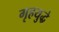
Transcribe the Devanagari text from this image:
गृहयुद्धे